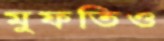
মুফতিও